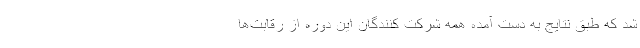
شد که طبق نتایج به دست آمده همه شرکت کنندگان این دوره از رقابت‌ها